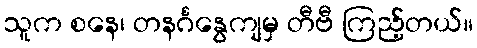
သူက စနေ၊ တနင်္ဂနွေကျမှ တီဗီ ကြည့်တယ်။